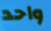
واحد